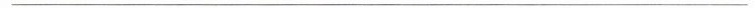
___